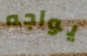
يواجه